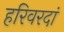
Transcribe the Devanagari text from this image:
हरिवरदां